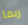
ربما